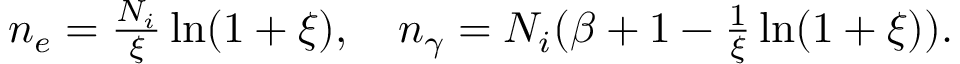
\begin{array} { r } { n _ { e } = \frac { N _ { i } } { \xi } \ln ( 1 + \xi ) , \quad n _ { \gamma } = N _ { i } ( \beta + 1 - \frac { 1 } { \xi } \ln ( 1 + \xi ) ) . } \end{array}